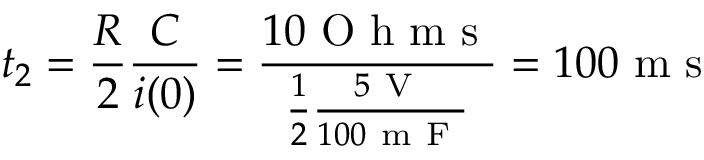
t _ { 2 } = \frac { R } { 2 } \frac { C } { i ( 0 ) } = \frac { 1 0 \mathrm { ~ O ~ h ~ m ~ s ~ } } { \frac { 1 } { 2 } \frac { 5 \mathrm { ~ V ~ } } { 1 0 0 \mathrm { ~ m ~ F ~ } } } = 1 0 0 \mathrm { ~ m ~ s ~ }